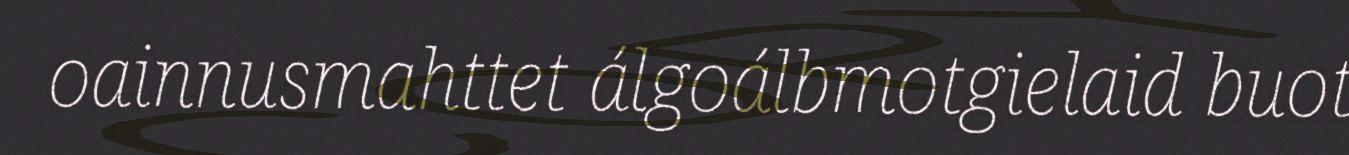
oainnusmahttet álgoálbmotgielaid buot